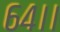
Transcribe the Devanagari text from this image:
६४।।